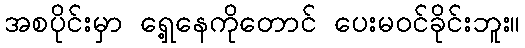
အစပိုင်းမှာ ရှေ့နေကိုတောင် ပေးမဝင်ခိုင်းဘူး။